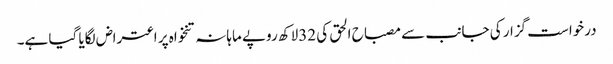
درخواست گزار کی جانب سے مصباح الحق کی 32لاکھ روپے ماہانہ تنخواہ پر اعتراض لگایا گیا ہے۔